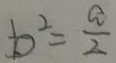
b ^ { 2 } = \frac { a } { 2 }